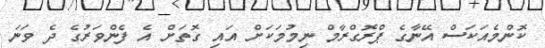
ކޮންމެއަކަސް އޭނާގެ ޕްރޮގްރާމް ނިމުމަކަށް އައި ގޮތަށް އެ ފެންވަރުގެ ދެ ވަނަ